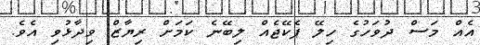
އެއް މަސް ދުވަހުގެ ހިލޭ ޕެކޭޖެއް ލިބޭނެ ކަމަށް ރިޔާޒް ވިދާޅުވި އެވެ.